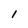
Character: 1